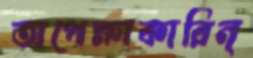
অপেক্ষাকারিন্